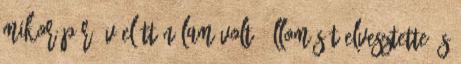
mikor pár év előtt nálam volt, állomását elvesztette, s